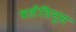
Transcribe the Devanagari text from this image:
वलेंतिनुस